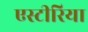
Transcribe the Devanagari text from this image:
एस्टीरिया